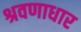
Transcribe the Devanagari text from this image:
श्रवणाधार